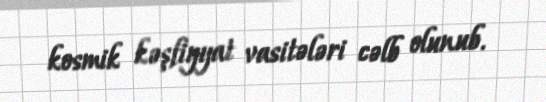
kosmik kəşfiyyat vasitələri cəlb olunub.